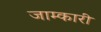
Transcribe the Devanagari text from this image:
जाम्कारी